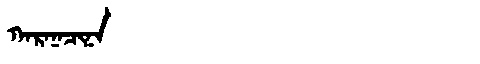
Manchu: ᡴᠠᡵᠠᠨᠠᠴᡳᠨᠠ
Romanization: KARANACINA